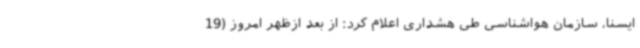
ایسنا، سازمان هواشناسی طی هشداری اعلام کرد: از بعد ازظهر امروز (19